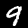
Label: 9